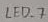
Text: LED_7